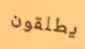
يطلقون